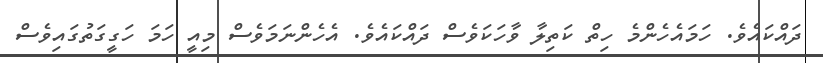
ދައްކައެވެ. ހަމައެހެންމެ ހިތް ކަތިލާ ވާހަކަވެސް ދައްކައެވެ. އެހެންނަމަވެސް މިއީ ހަމަ ހަގީގަތުގައިވެސް